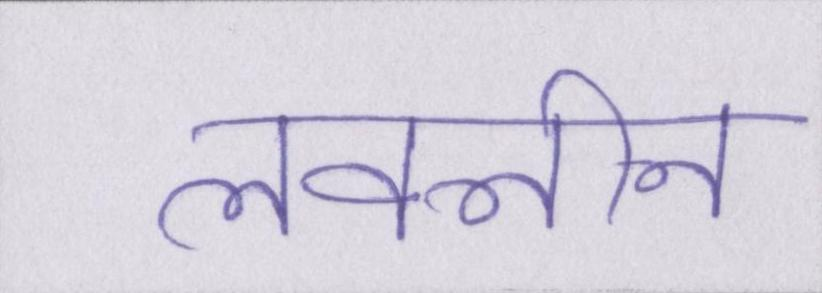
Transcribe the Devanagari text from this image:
लवलीन